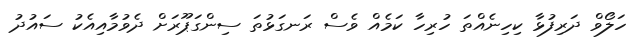
ހަލޯވް ދަރިފުޅާ ކިހިނެއްތަ ހުރިހާ ކަމެއް ވެސް ރަނގަޅުތަ ސިންގަޕޫރަށް ދެވުމާއިއެކު ސައުދު